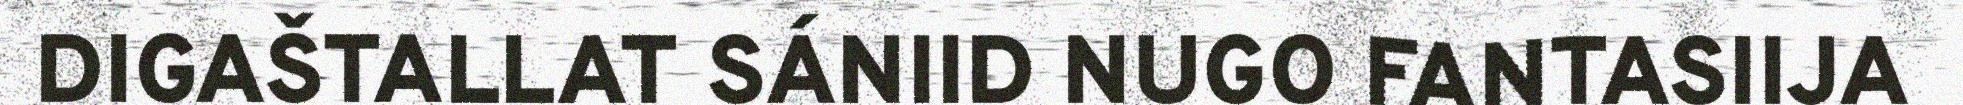
DIGAŠTALLAT SÁNIID NUGO FANTASIIJA